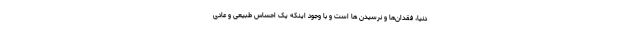
دنیا، فقدان‌ها و نرسیدن ها است و با وجود اینکه یک احساس طبیعی و عادی